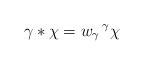
LaTeX: \begin{align*} \gamma*\chi=w_\gamma\,{}^\gamma\chi\end{align*}